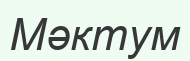
Мәктум